Leaving Certificate Examination, 1925
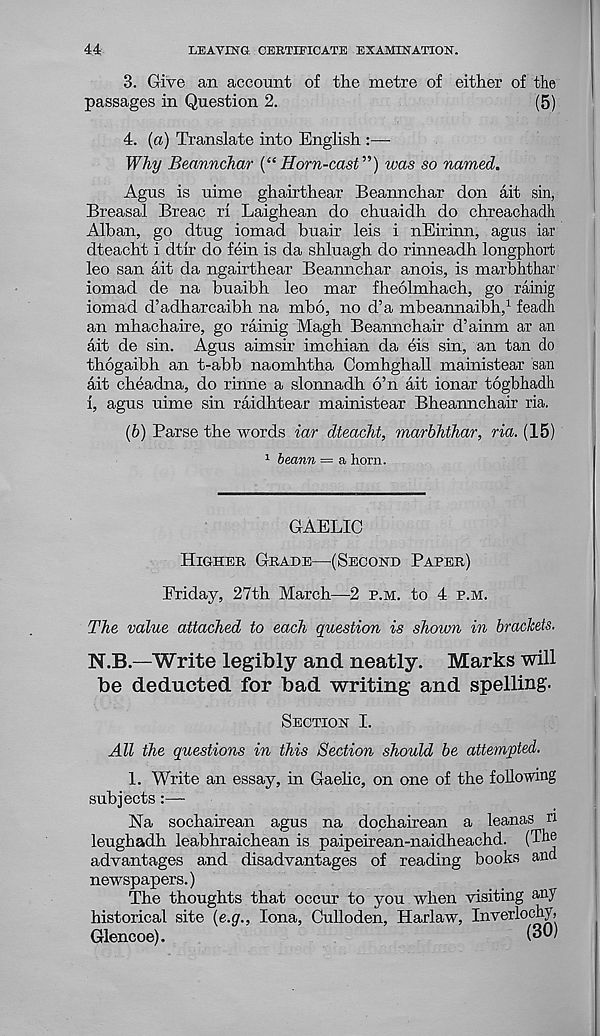
44;
LEAVING CERTIFICATE EXAMINATION.
3. Give an account of the metre of either of the
passages in Question 2.
(5)
4. (a) Translate into English :—
Why Beannchar (“Horn-cast”) was so named.
Agus is uime ghairthear Beannchar don ait sin,
Breasal Breac id Laighean do chuaidh do chreachadh
Alban, go dtug iomad buair leis i nEirinn, agus iar
dteacht i dtir do fein is da shluagh do rinneadh longphort
leo san ait da ngairthear Beannchar anois, is marbhthar
iomad de na buaibh leo mar fheolmhach, go rainig
iomad d’adharcaibh na mbo, no d’a mbeannaibh, 1 feadh
an mhachaire, go rainig Magh Beannchair d’ainm ar an
ait de sin. Agus aimsir imchian da eis sin, an tan do
thogaibh an t-abb naomhtha Comhghall mainistear san
ait cheadna, do rinne a slonnadh 6’n ait ionar togbhadli
i, agus uime sin raidhtear mainistear Bheannchair ria.
(b) Parse the words iar dteacht, marbhthar, ria. (15)
1 beann = a horn.
GAELIC
Higher Grade—(Second Paper)
Friday, 27th March—2 p.m. to 4 p.m.
The value attached to each question is shown in brackets.
N.B.—Write legibly and neatly.
Marks will
be deducted for bad writing and spelling.
Section I.
All the questions in this Section should be attempted.
1. Write an essay, in Gaelic, on one of the following
subjects:—
Na sochairean agus na dochairean a leanas n
leughadh leabhraichean is paipeirean-naidheachd. (The
advantages and disadvantages of reading books and
newspapers.)
The thoughts that occur to you when visiting any
historical site (e.g., Iona, Culloden, Harlaw, Inverlochy,
Glencoe).
(30)